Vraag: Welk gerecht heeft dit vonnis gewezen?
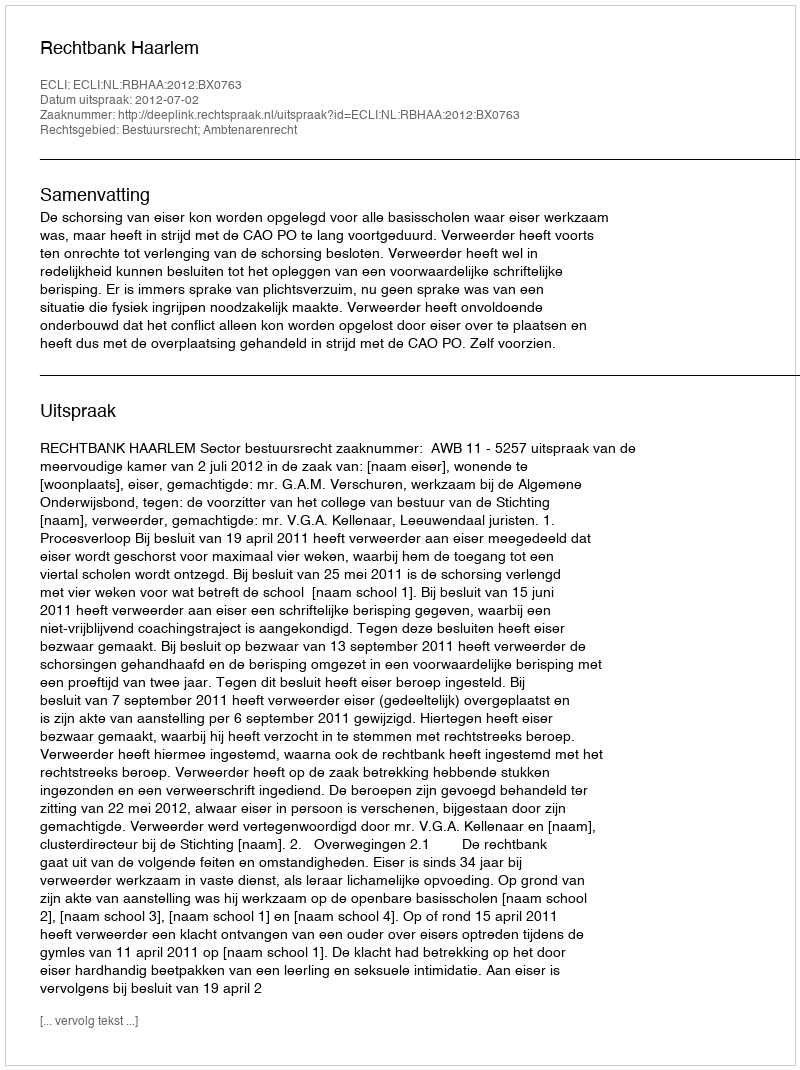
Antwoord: Rechtbank Haarlem